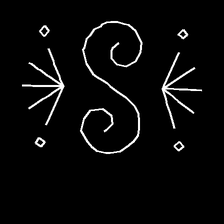
Glyph: aeroform